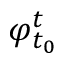
\varphi _ { t _ { 0 } } ^ { t }